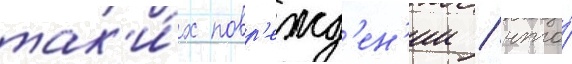
так'и́х повр'ежд'ен'ии / что́